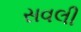
સવલી